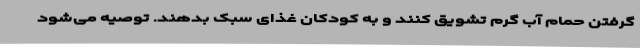
گرفتن حمام آب گرم تشویق کنند و به کودکان غذای سبک بدهند. توصیه می‌شود